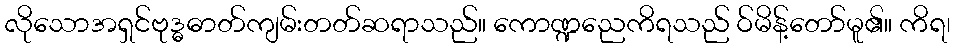
လိုသောအရှင်ဗုဒ္ဓဓာတ်ကျမ်းတတ်ဆရာသည်။ ကောဏ္ဍညေကိရသည် ဝ်မိန့်တော်မူ၏။ ကိရ၊